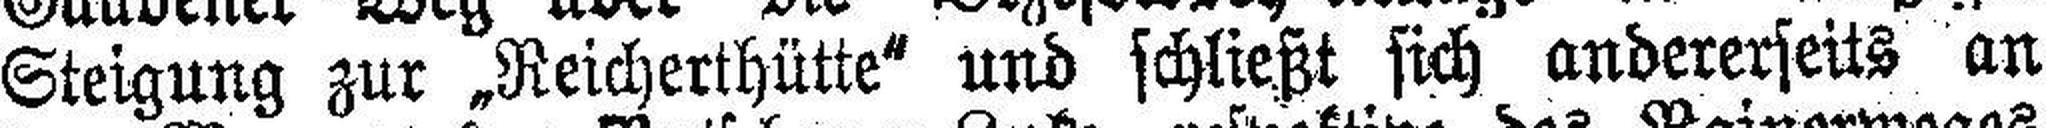
Steigung zur „Reicherthütte“ und schließt sich andererseits an